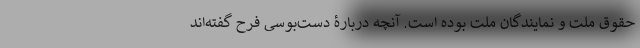
حقوق ملت و نمایندگان ملت بوده است. آنچه دربارۀ دست‌بوسی فرح گفته‌اند